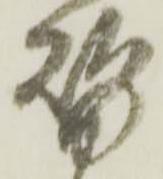
替